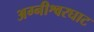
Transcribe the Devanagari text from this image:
अग्नीश्वरघाट